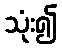
သုံး၍